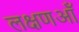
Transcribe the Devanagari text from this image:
लक्षणऑं